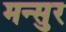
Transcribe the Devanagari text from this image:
मन्सुर